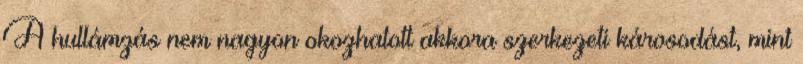
A hullámzás nem nagyon okozhatott akkora szerkezeti károsodást, mint